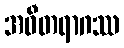
အဝီတရာဂဿ